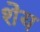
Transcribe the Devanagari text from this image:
शेय